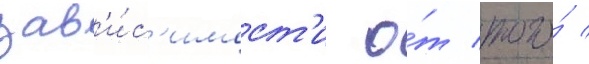
зав'и́с'имост'и о́т того́ /